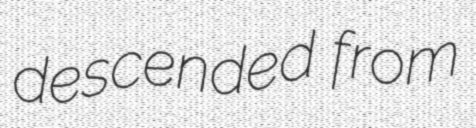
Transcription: descended from